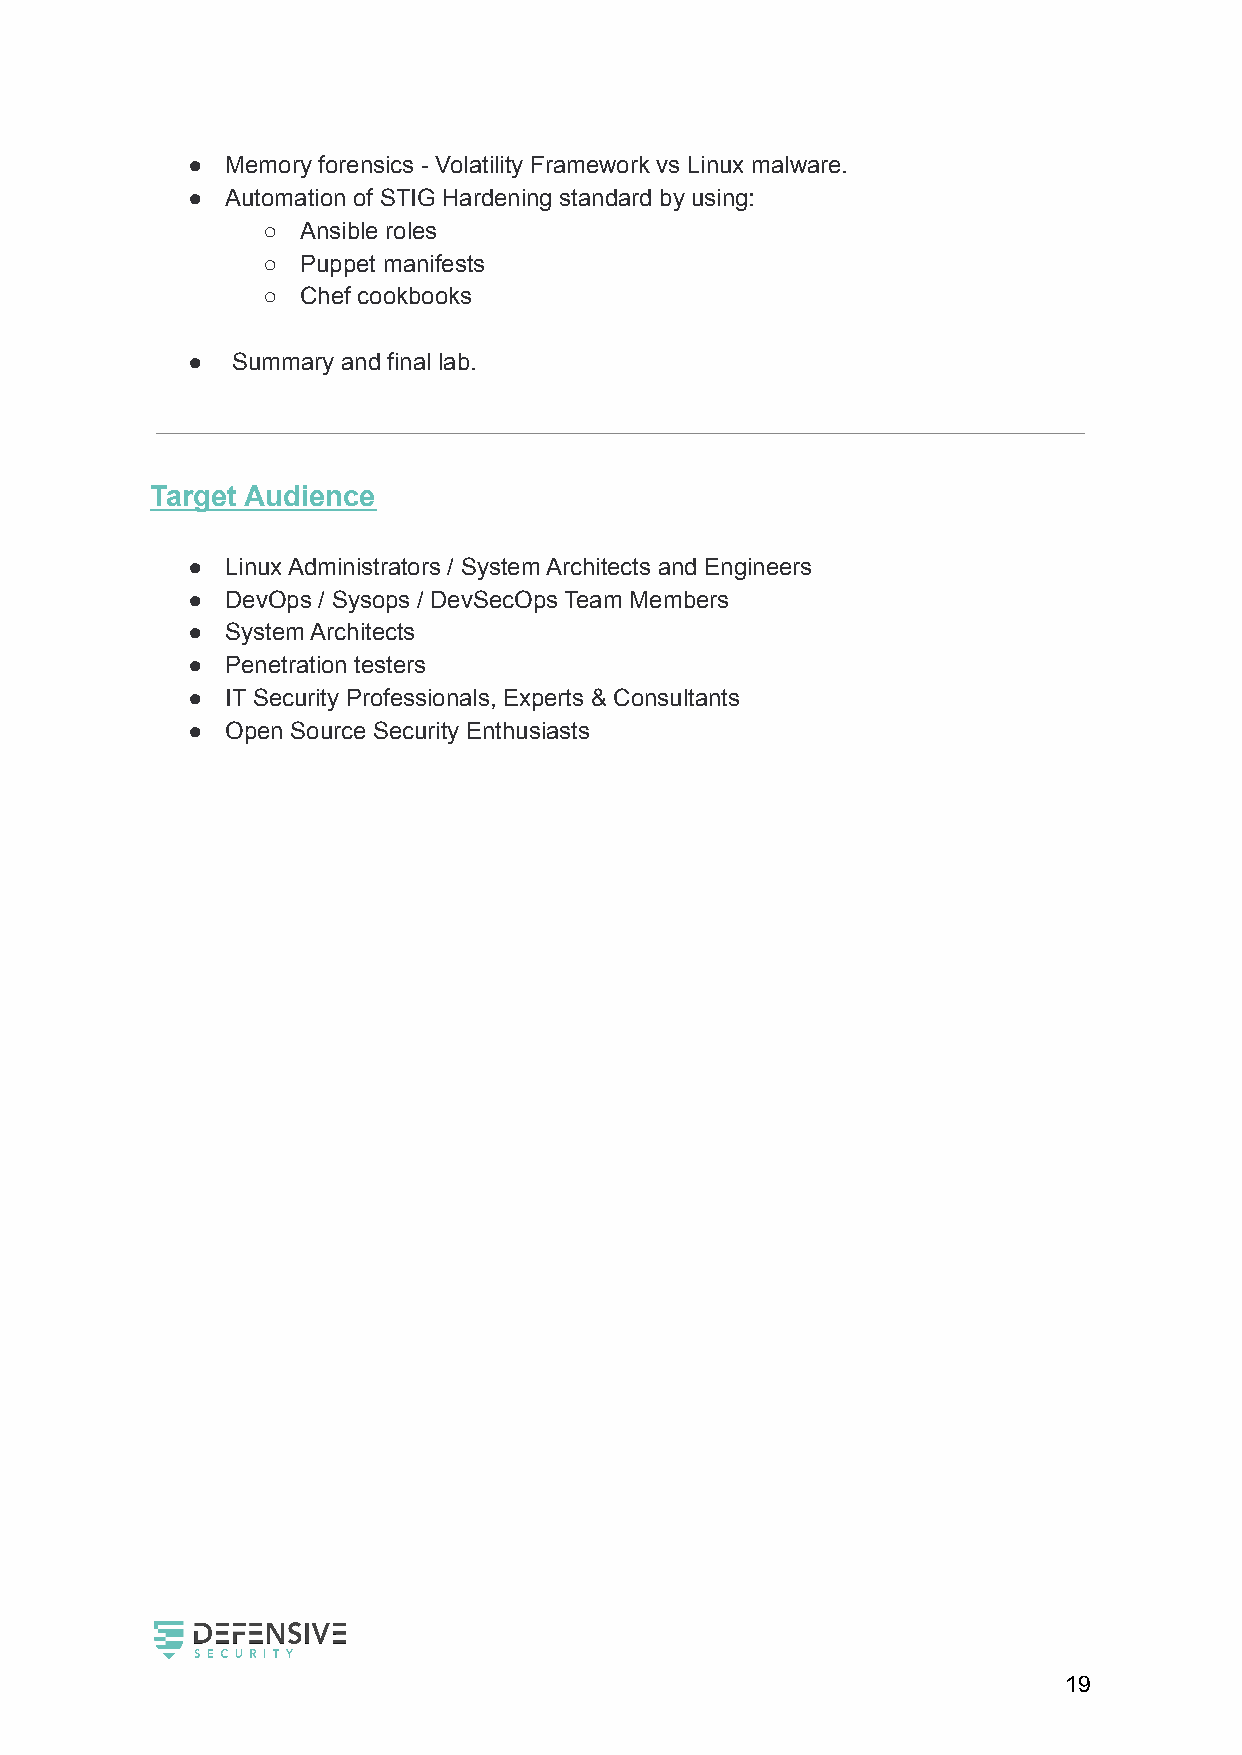
●  Memory forensics - Volatility Framework vs Linux malware.
 ●  Automation of STIG Hardening standard by using:
 ○  Ansible roles
 ○  Puppet manifests
 ○  Chef cookbooks
 ●  Summary and final lab.
 Target Audience
 ●  Linux Administrators / System Architects and Engineers
 ●  DevOps / Sysops / DevSecOps Team Members
 ●  System Architects
 ●  Penetration testers
 ●  IT Security Professionals, Experts & Consultants
 ●  Open Source Security Enthusiasts
 19